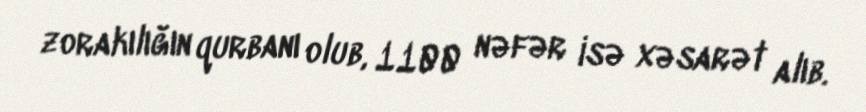
zorakılığın qurbanı olub, 1100 nəfər isə xəsarət alıb.